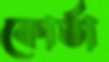
কোর্তা